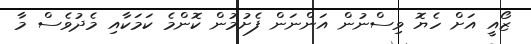
ޒޯއީ އަށް ހެޔޮ ވިސްނުން އަންނަން ފެށުމުން ކޮންމެ ކަމަކާއި މެދުވެސް މާ